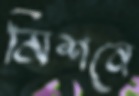
মিশনে